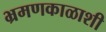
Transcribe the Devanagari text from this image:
भ्रमणकाळाशी